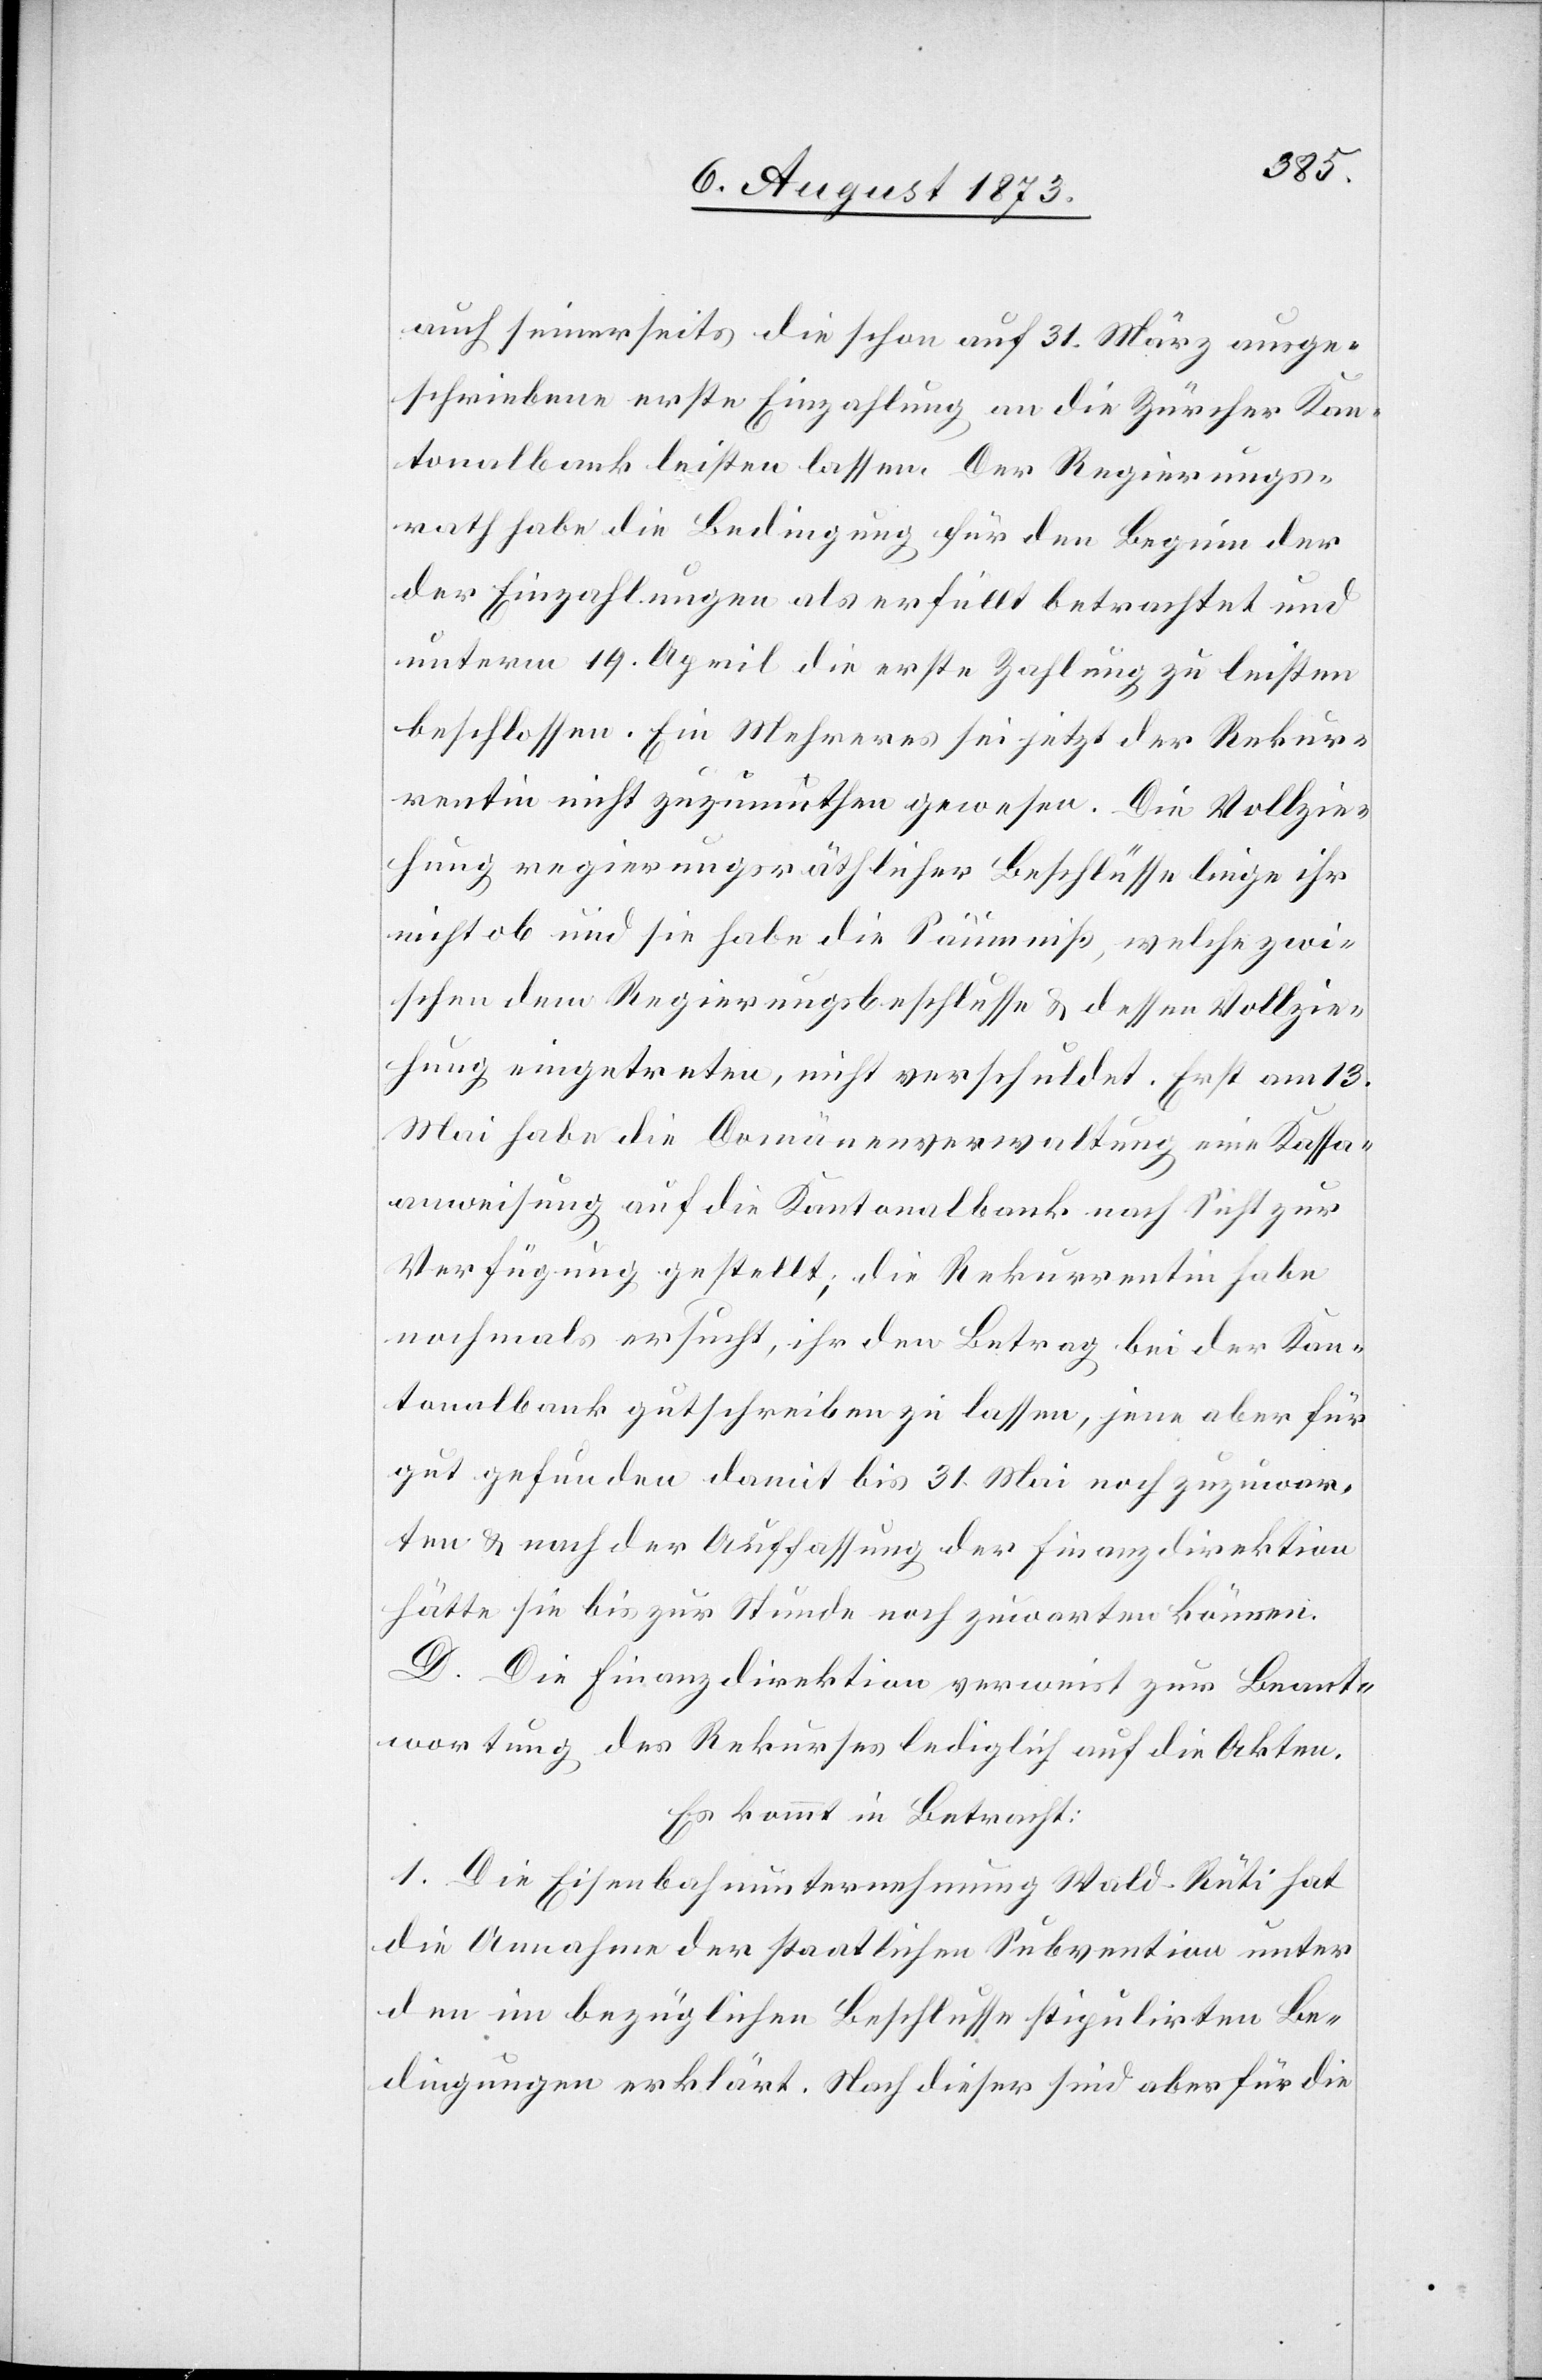
auch seinerseits die schon auf 31. März ausge¬
schriebene ersten Einzahlung an die Zürcher Kan¬
tonalbank leisten lassen. Der Regierungs¬
rath habe die Bedingung für den Beginn der
Einzahlungen als erfüllt betrachtet und
unterm 19. April die erste Zahlung zu leisten
beschlossen. Ein Mehreres sei jetzt der Rekur¬
rentin nicht zuzumuthen gewesen. Die Vollzie¬
hung regierungsräthlicher Beschlüsse liege ihr
nicht ob und sie habe die Säumniß, welche zwi¬
schen dem Regierungsbeschlusse & dessen Vollzie¬
hung eingetreten, nicht verschuldet. Erst am 13.
Mai habe die Domänenverwaltung eine Kassa¬
anweisung auf die Kantonalbank nach Sicht zur
Verfügung gestellt; die Rekurrentin habe
nochmals ersucht, ihr den Betrag bei der Kan¬
tonalbank gutschreiben zu lassen, jene aber für
gut gefunden damit bis 31. Mai noch zuzuwar¬
ten & nach der Auffassung der Finanzdirektion
hätte sie bis zur Stunde noch zuwarten können.
D. Die Finanzdirektion verweist zur Beant¬
wortung des Rekurses lediglich auf die Akten.
Es kommt in Betracht:
1. Die Eisenbahnunternehmung Wald–Rüti hat
die Annahme der staatlichen Subvention unter
den im bezüglichen Beschlusse stipulirten Be¬
dingungen erklärt. Nach dieser sind aber für die